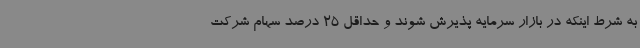
به شرط اینکه در بازار سرمایه پذیرش شوند و حداقل 25 درصد سهام شرکت